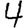
Digit: 4